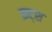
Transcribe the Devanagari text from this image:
फ्रट्श